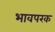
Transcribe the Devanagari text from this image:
भावपरक